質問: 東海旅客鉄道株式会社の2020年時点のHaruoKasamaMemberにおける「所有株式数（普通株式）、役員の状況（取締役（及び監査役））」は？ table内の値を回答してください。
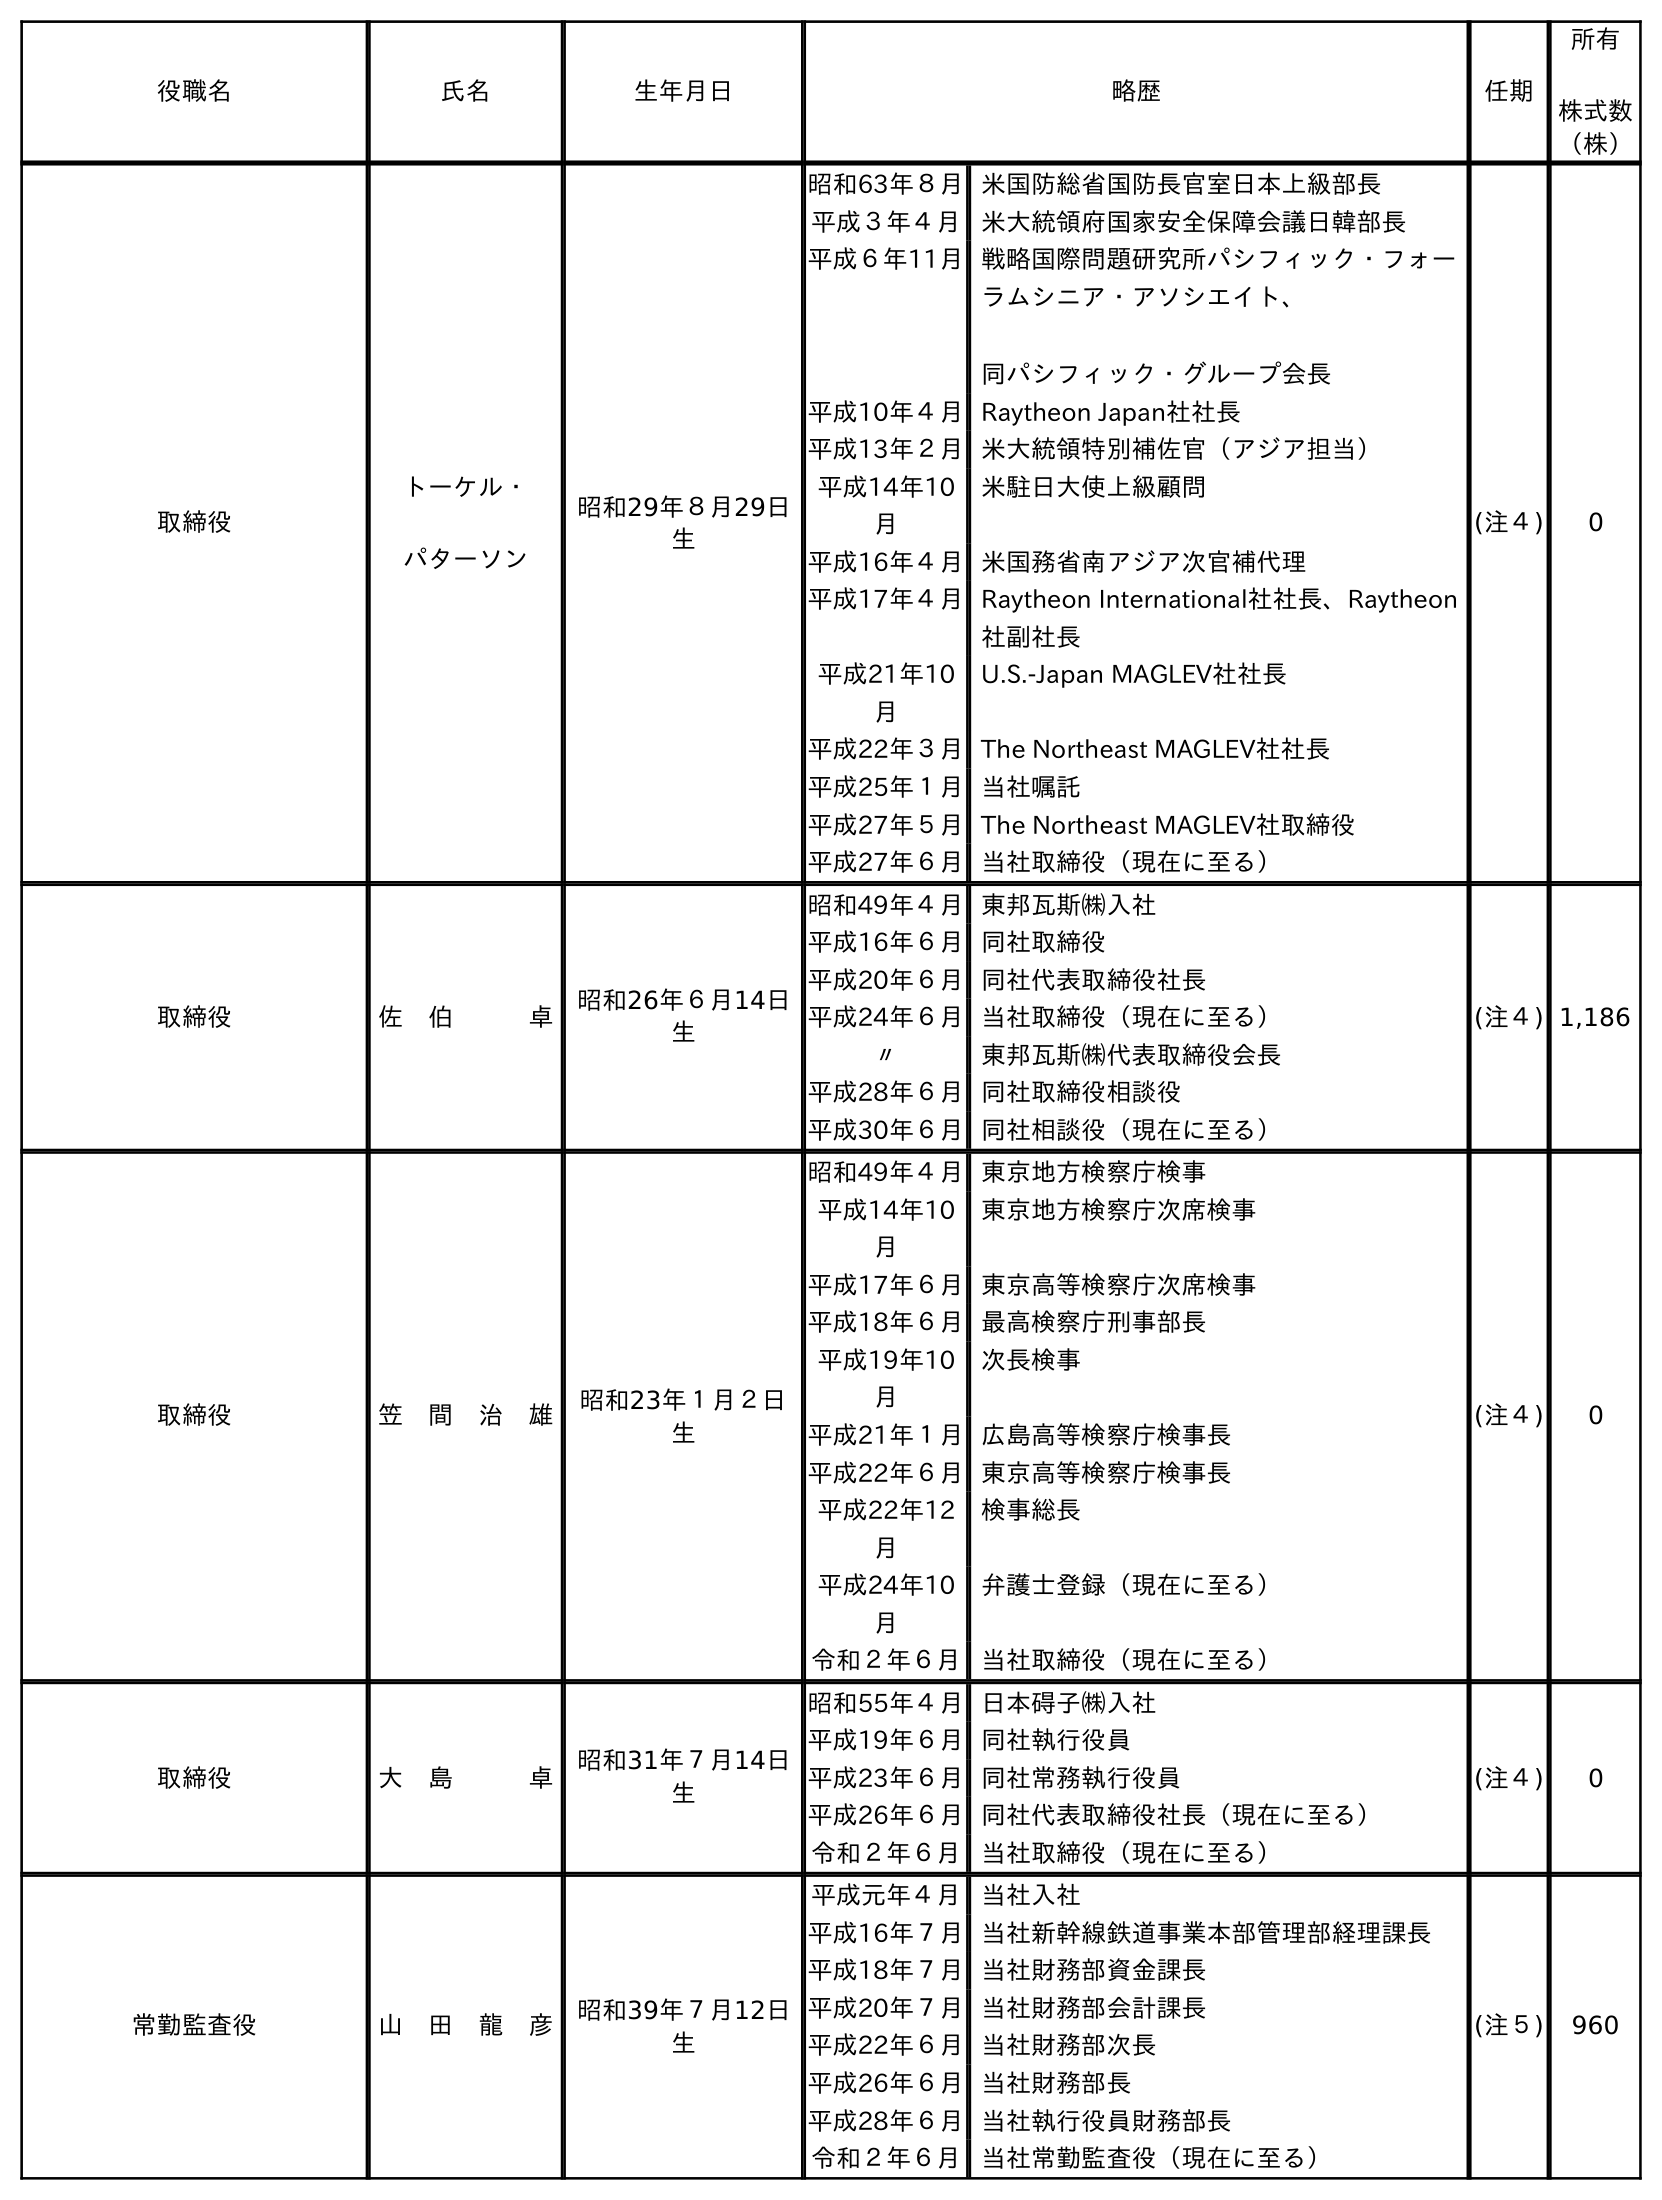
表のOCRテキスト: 役職名 氏名 生年月日 略歴 任期 所有 株式数 （株） 取締役 トーケル・ パターソン 昭和29年８月29日 生 昭和63年８月米国防総省国防長官室日本上級部長 平成３年４月 米大統領府国家安全保障会議日韓部長 平成６年11月戦略国際問題研究所パシフィック・フォー ラムシニア・アソシエイト、 同パシフィック・グループ会長 平成10年４月Raytheon Japan社社長 平成13年２月米大統領特別補佐官（アジア担当） 平成14年10 月 米駐日大使上級顧問 平成16年４月米国務省南アジア次官補代理 平成17年４月Raytheon International社社長、Raytheon 社副社長 平成21年10 月 U.S.-Japan MAGLEV社社長 平成22年３月The Northeast MAGLEV社社長 平成25年１月当社嘱託 平成27年５月The Northeast MAGLEV社取締役 平成27年６月当社取締役（現在に至る） (注４) 0 取締役 佐 伯   卓 昭和26年６月14日 生 昭和49年４月東邦瓦斯㈱入社 平成16年６月同社取締役 平成20年６月同社代表取締役社長 平成24年６月当社取締役（現在に至る） 〃 東邦瓦斯㈱代表取締役会長 平成28年６月同社取締役相談役 平成30年６月同社相談役（現在に至る） (注４) 1,186 取締役 笠 間 治 雄 昭和23年１月２日 生 昭和49年４月東京地方検察庁検事 平成14年10 月 東京地方検察庁次席検事 平成17年６月東京高等検察庁次席検事 平成18年６月最高検察庁刑事部長 平成19年10 月 次長検事 平成21年１月広島高等検察庁検事長 平成22年６月東京高等検察庁検事長 平成22年12 月 検事総長 平成24年10 月 弁護士登録（現在に至る） 令和２年６月 当社取締役（現在に至る） (注４) 0 取締役 大 島   卓 昭和31年７月14日 生 昭和55年４月日本碍子㈱入社 平成19年６月同社執行役員 平成23年６月同社常務執行役員 平成26年６月同社代表取締役社長（現在に至る） 令和２年６月 当社取締役（現在に至る） (注４) 0 常勤監査役 山 田 龍 彦 昭和39年７月12日 生 平成元年４月 当社入社 平成16年７月当社新幹線鉄道事業本部管理部経理課長 平成18年７月当社財務部資金課長 平成20年７月当社財務部会計課長 平成22年６月当社財務部次長 平成26年６月当社財務部長 平成28年６月当社執行役員財務部長 令和２年６月 当社常勤監査役（現在に至る） (注５) 960
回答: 0